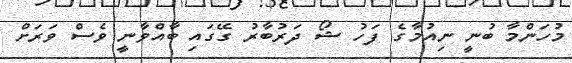
މުހަންމާ ބުނީ ނިއުމާގެ ފަހު ޝޯ ދަރުބާރު ގޭގައި ބާއްވާނީ ވެސް ވަރަށް